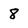
Character: 8